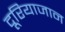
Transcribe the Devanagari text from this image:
दूरियाजान